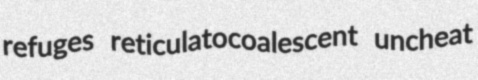
refuges reticulatocoalescent uncheat